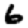
Digit: 6